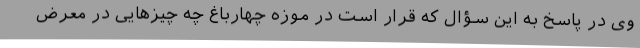
وی در پاسخ به این سؤال که قرار است در موزه چهارباغ چه چیزهایی در معرض